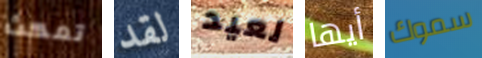
تمكث لقد لعيد أيها سموك